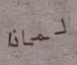
لماذا